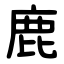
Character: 鹿